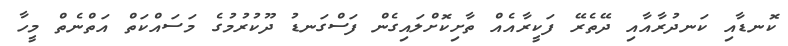
ކޮނޑާއި ކަނދުރާއާއި ދޭތެރޭ ފަކީރާއެއް ތާށިކޮށްލައިގެން ފަސްގަނޑު ދޫކުރުމުގެ މަސައްކަތް އަތްނެތް މީހާ